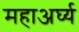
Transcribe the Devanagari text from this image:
महाअर्घ्य